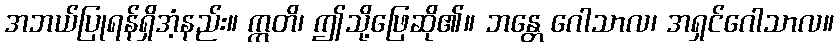
အဘယ်ပြုရန်ရှိအံ့နည်း။ ဣတိ၊ ဤသို့ဖြေဆို၏။ ဘန္တေ ဂေါသာလ၊ အရှင်ဂေါသာလ။